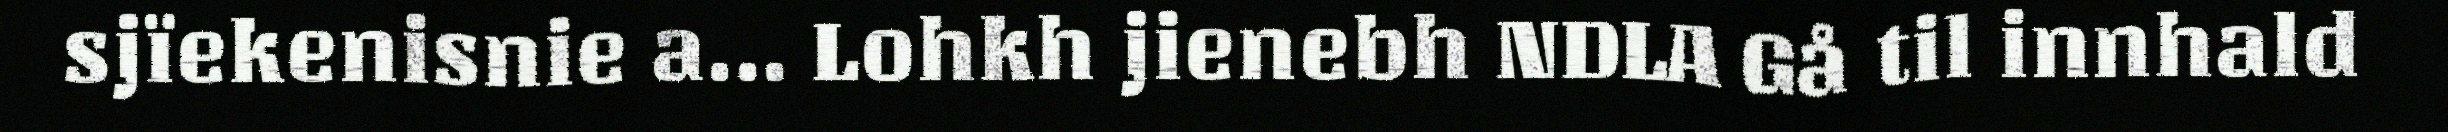
sjïekenisnie a... Lohkh jienebh NDLA Gå til innhald